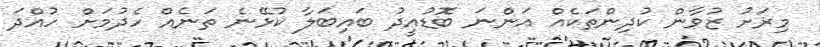
މިރަށު ޒުވާން ކުދިންތަކެއް އަންނަ ބޮޑުއީދު ބައިބަލާ ކުޅޭނެ ތަނެއް ހެދުމަށް ހުއްދަ